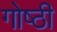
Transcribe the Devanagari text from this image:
गोष्‍ठी